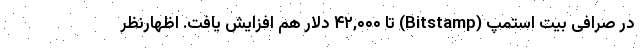
در صرافی بیت استمپ (Bitstamp) تا ۴۲,۰۰۰ دلار هم افزایش یافت. اظهارنظر